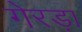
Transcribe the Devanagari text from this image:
गेरड़ा